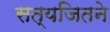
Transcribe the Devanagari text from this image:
सत्यजितने